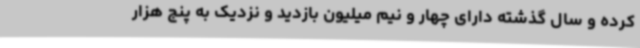
کرده و سال گذشته دارای چهار و نیم میلیون بازدید و نزدیک به پنج هزار